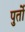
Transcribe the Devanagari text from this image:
पुर्तो